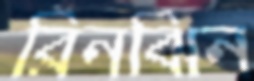
রিনঝিন